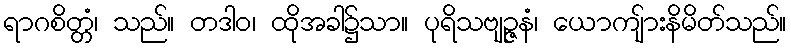
ရာဂစိတ္တံ၊ သည်။ တဒါဝ၊ ထိုအခါ၌သာ။ ပုရိသဗျဉ္ဇနံ၊ ယောကျ်ားနိမိတ်သည်။